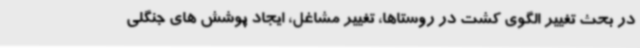
در بحث تغییر الگوی کشت در روستاها، تغییر مشاغل، ایجاد پوشش های جنگلی